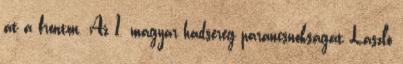
át a fronton. Az 1. magyar hadsereg parancsnokságát László